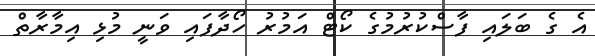
އެ ގެ ބަލައި ފާސްކުރުމުގެ ކޯޓް އަމުރު ހޯދާފައި ވަނީ މުޅި އިމާރާތް